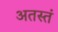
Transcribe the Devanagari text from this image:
अतस्तं